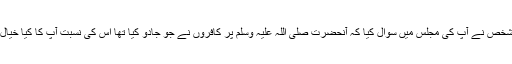
ایک شخص نے آپؑ کی مجلس میں سوال کیا کہ آنحضرت صلی اللہ علیہ وسلم پر کافروں نے جو جادو کیا تھا اس کی نسبت آپؑ کا کیا خیال ہے؟